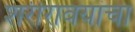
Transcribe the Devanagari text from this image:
शरीरावयांचा